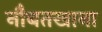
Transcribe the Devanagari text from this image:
नौबतखाना